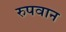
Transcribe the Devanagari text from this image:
रुपवान